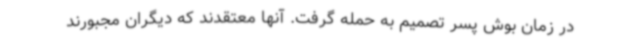
در زمان بوش پسر تصمیم به حمله گرفت. آنها معتقدند که دیگران مجبورند